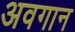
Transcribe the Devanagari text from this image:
अवगान